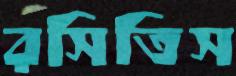
রসিতিস